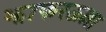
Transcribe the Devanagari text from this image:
झाफरऊल्ला